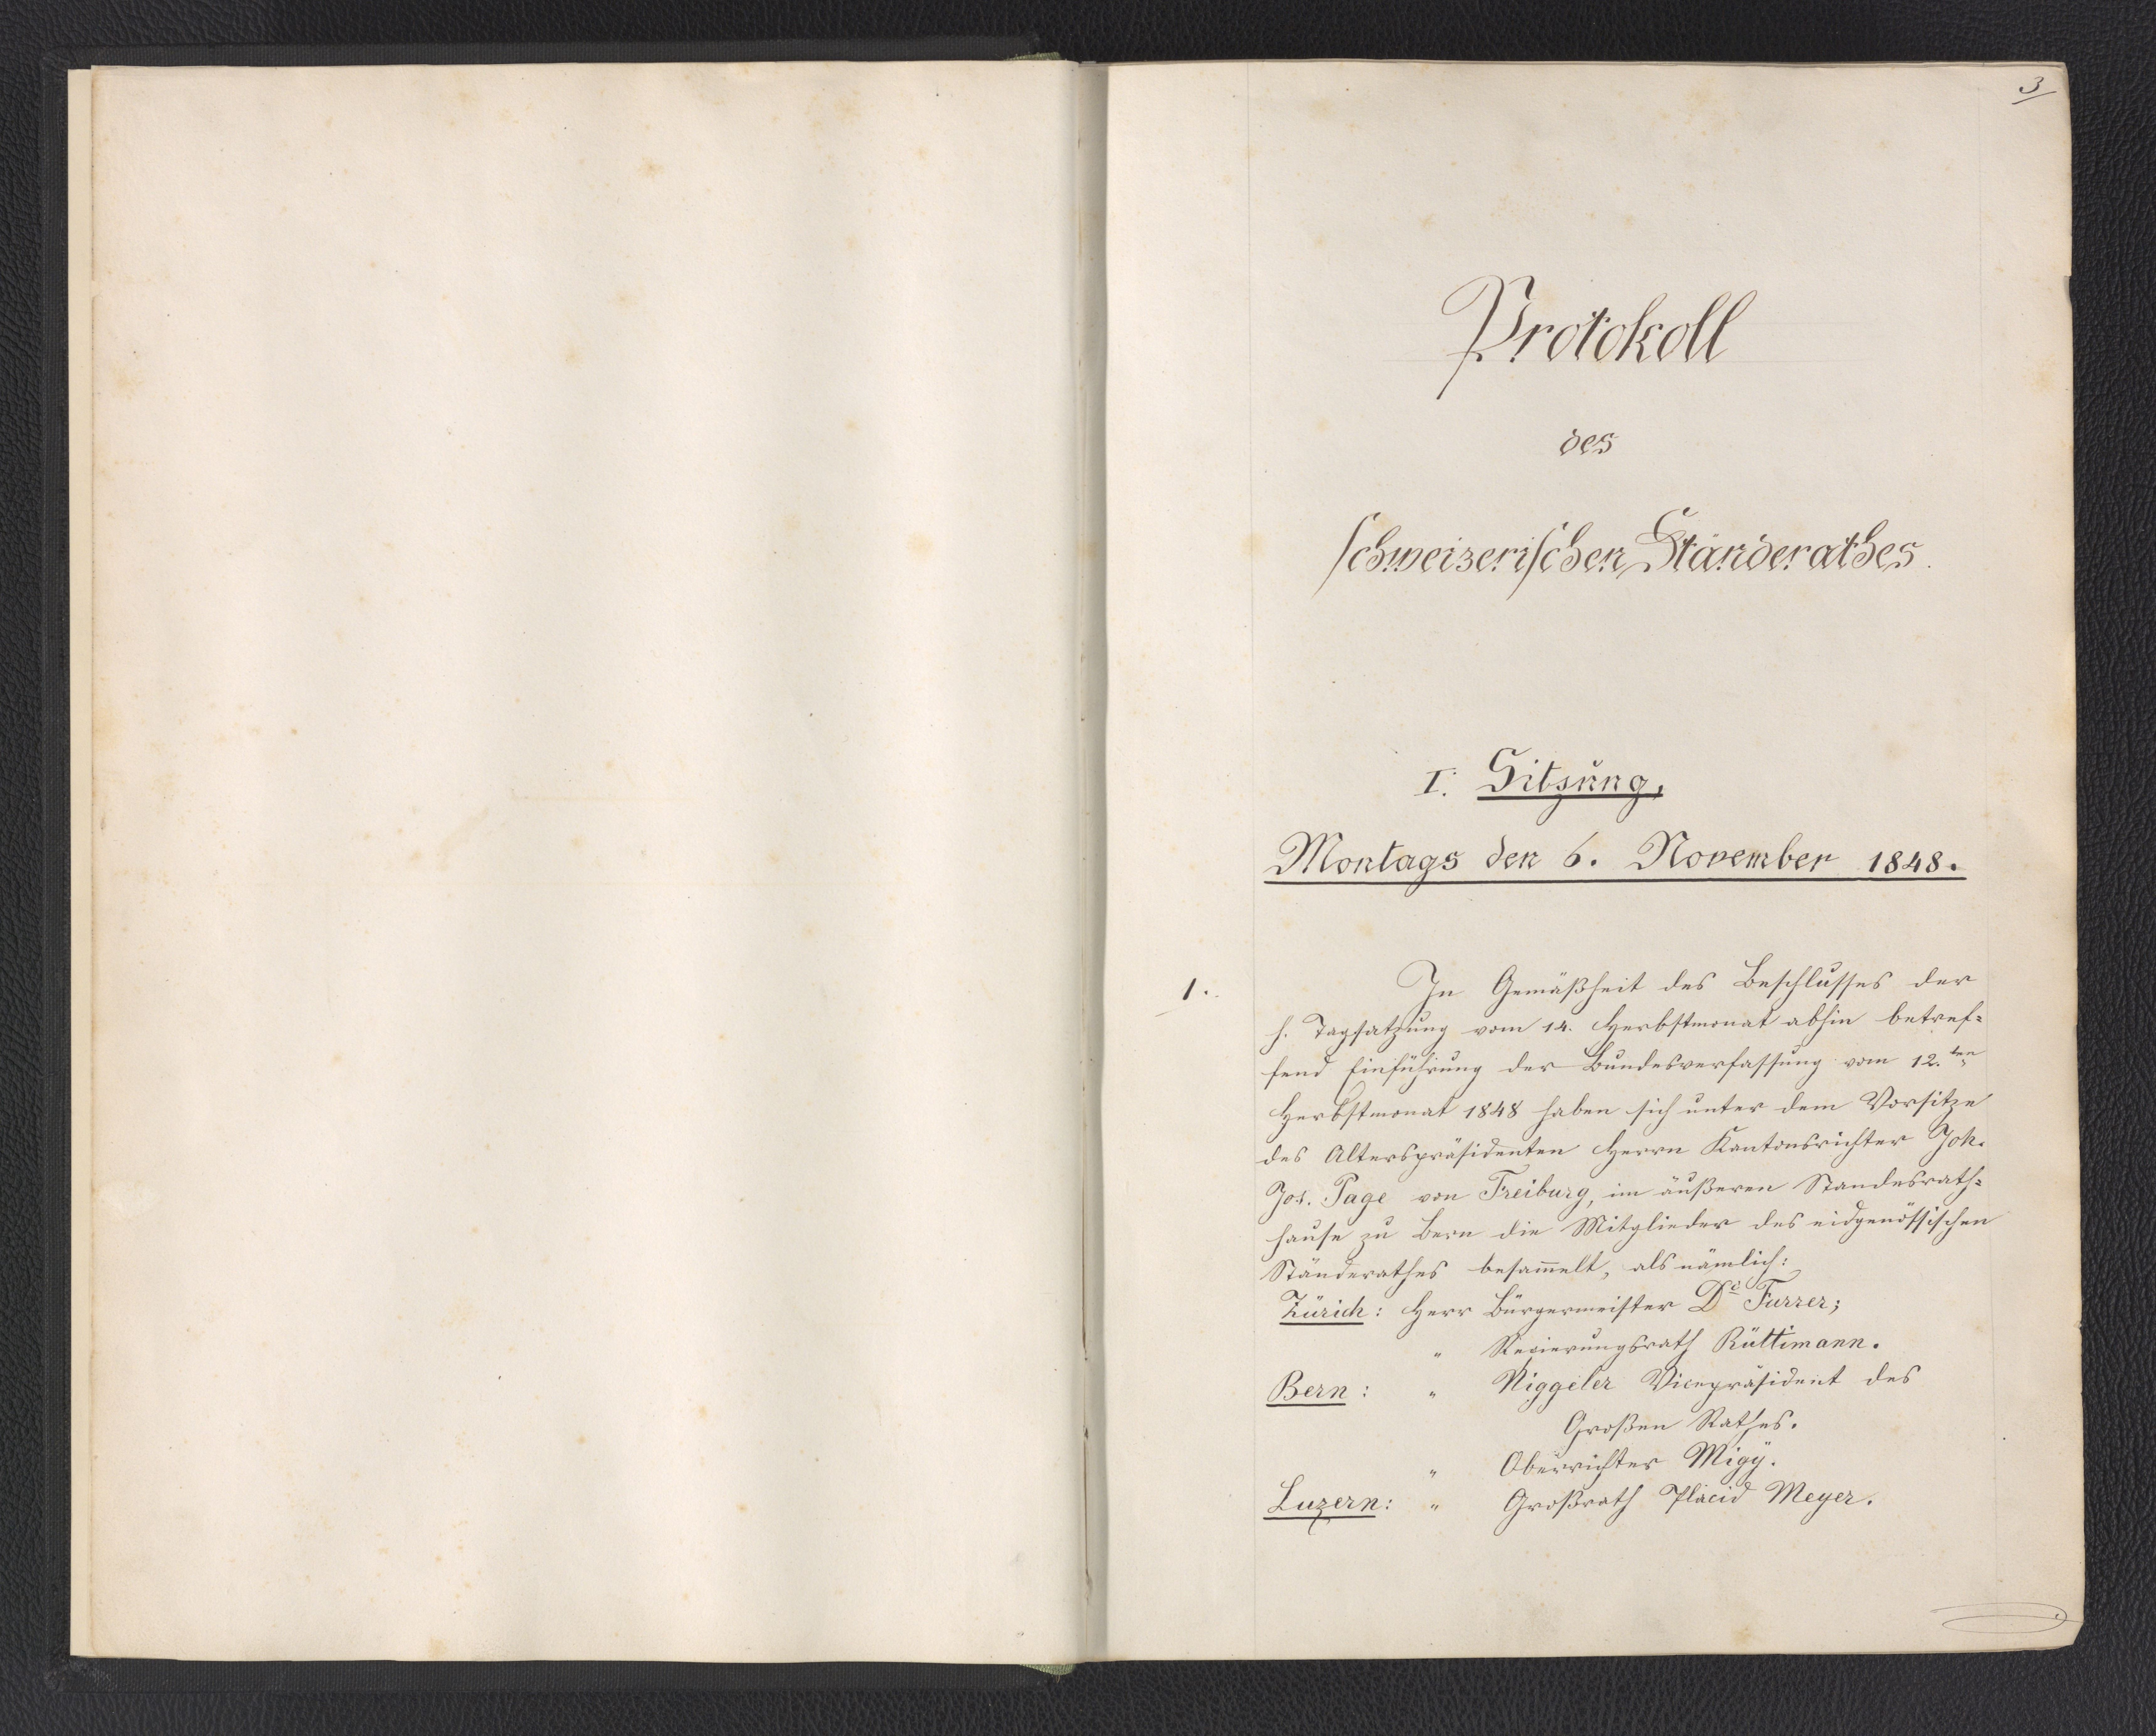
3.

Protokoll
des
schweizerischen Ständerathes

I. Sitzung,
Montags den 6. November 1848.

In Gemäßheit des Beschlusses der
h. Tagsatzung vom 14. Herbstmonat abhin betref¬
fend Einführung der Bundesverfassung vom 12.ten,
Herbstmonat 1848 haben sich unter dem Vorsitze
des Alterspräsidenten Herrn Kantonsrichter Joh.
Jos. Page von Freiburg, im äußeren Standesrath¬
hause zu Bern die Mitglieder des eidgenössischen
Ständerathes besammelt, als nämlich:
Zürich: Herr Bürgermeister Dr. Furrer;
Herr Regierungsrath Rüttimann.
Bern: Herr Niggeler Vicepräsident des
Großen Rathes.
Herr Oberrichter Migy.
Luzern: Herr Großrath Placid Meyer.

1.